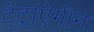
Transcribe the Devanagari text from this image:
टेट्राऐमीन